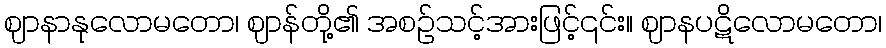
ဈာနာနုလောမတော၊ ဈာန်တို့၏ အစဉ်သင့်အားဖြင့်၎င်း။ ဈာနပဋိလောမတော၊